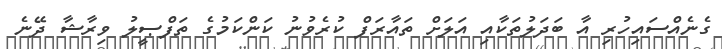
ގެނެއްސައިހުރި އާ ބަދަލުތަކާއި އަލަށް ތައާރަފް ކުރެވުނު ކަންކަމުގެ ތަފްޞީލު ވިރާޝާ ދޭނެ